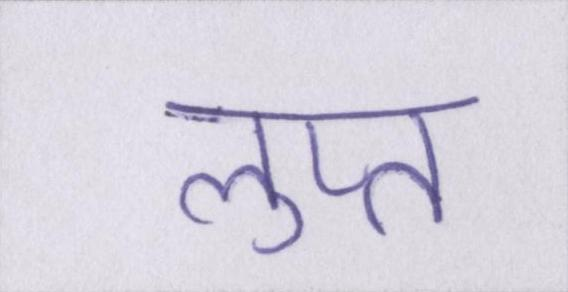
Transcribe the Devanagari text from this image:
लुप्त